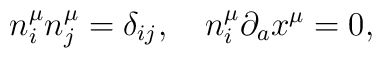
n_i^\mu n_j^\mu =\delta _{ij},\quad n_i^\mu \partial _ax^\mu =0,